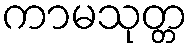
ကာမသုတ္တ